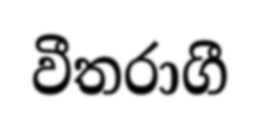
වීතරාගී